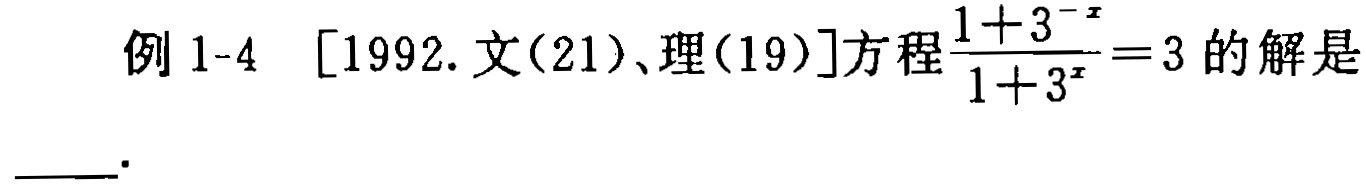
例1-4 [1992.文(21)、理(19)]方程$\frac{1 + 3^{-x}}{1 + 3^{x}} = 3$的解是___.